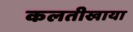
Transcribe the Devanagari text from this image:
कलतीखाया